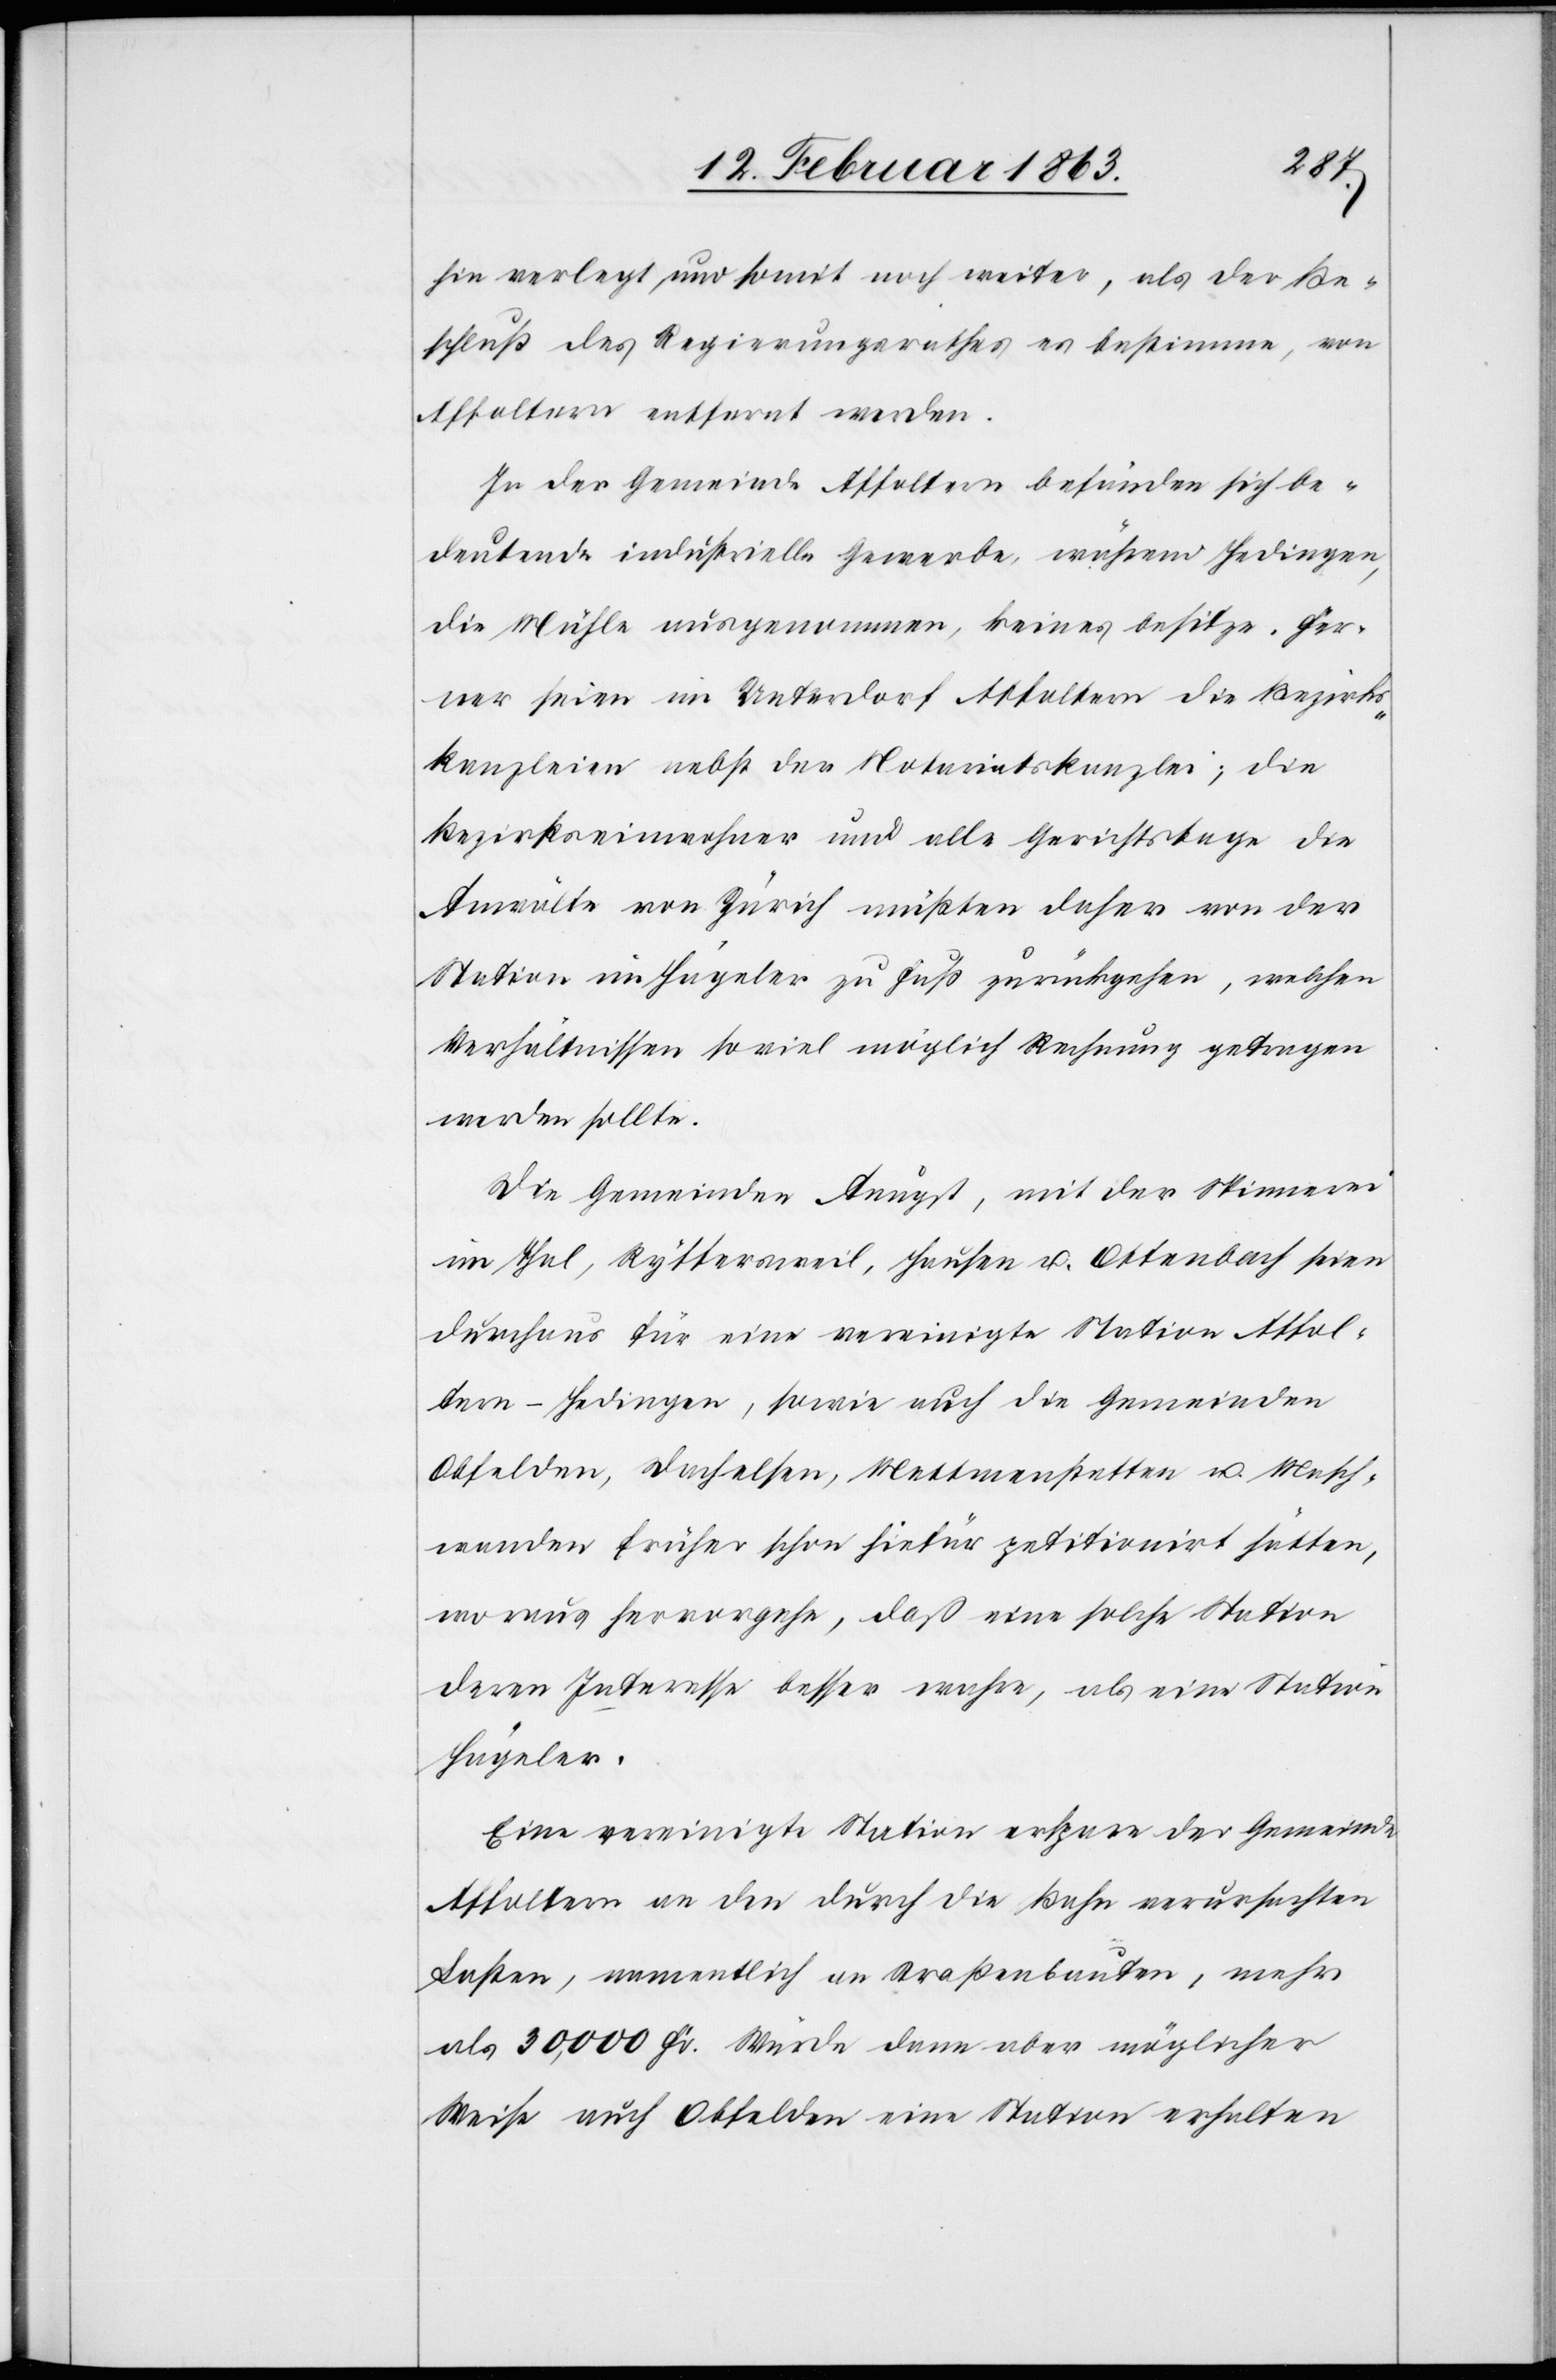
hin verlegt und somit noch weiter, als der Be¬
schluß des Regierungsrathes es bestimme, von
Affoltern entfernt werden.
In der Gemeinde Affoltern befänden sich be¬
deutende industrielle Gewerbe, während Hedingen,
die Mühle ausgenommen, keines besitze. Fer¬
ner seien im Unterdorf Affoltern die Bezirks¬
kanzleien nebst der Notariatskanzlei; die
Bezirkseinwohner und alle Gerichtstage die
Anwälte von Zürich müßten daher von der
Station im Hägeler zu Fuß zurückgehen, welchen
Verhältnissen so viel möglich Rechnung getragen
werden sollte.
Die Gemeinden Aeugst, mit der Spinnerei
im Thal, Ryffersweil, Hausen u. Ottenbach seien
durchaus für eine vereinigte Station Affol¬
tern–Hedingen, sowie auch die Gemeinden
Obfelden, Dachelsen, Mettmenstetten u. Masch¬
wanden früher schon hiefür petitionirt hätten,
woraus hervorgehe, daß eine solche Station
deren Interesse besser wahre, als eine Station
Hägeler.
Eine vereinigte Station erspare der Gemeinde
Affoltern an den durch die Bahn verursachten
Lasten, namentlich an Straßenbauten, mehr
als 30,000 Fr. Würde dann aber möglicher
Weise auch Obfelden eine Station erhalten